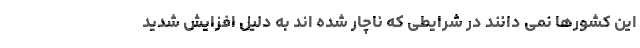
این کشورها نمی دانند در شرایطی که ناچار شده اند به دلیل افزایش شدید